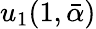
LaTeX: u_{1}(1,\bar{\alpha})